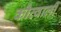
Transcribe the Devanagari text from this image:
कौव्वाली